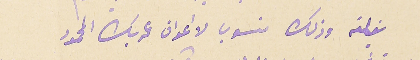
بغلته وذلك منسوب لا اعوان عمر بك المحمود